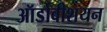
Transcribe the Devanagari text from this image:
ऑर्डोवीशयन